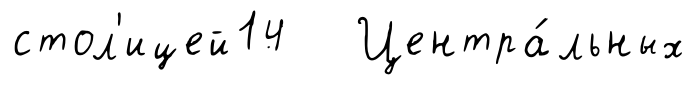
стол'ицей14 Центра́льных